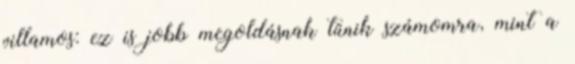
villamos: ez is jobb megoldásnak tűnik számomra, mint a